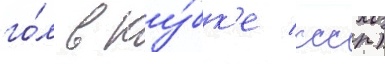
го́л в ку́бк'е ссср)